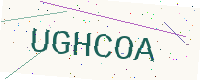
Text: UGHCOA